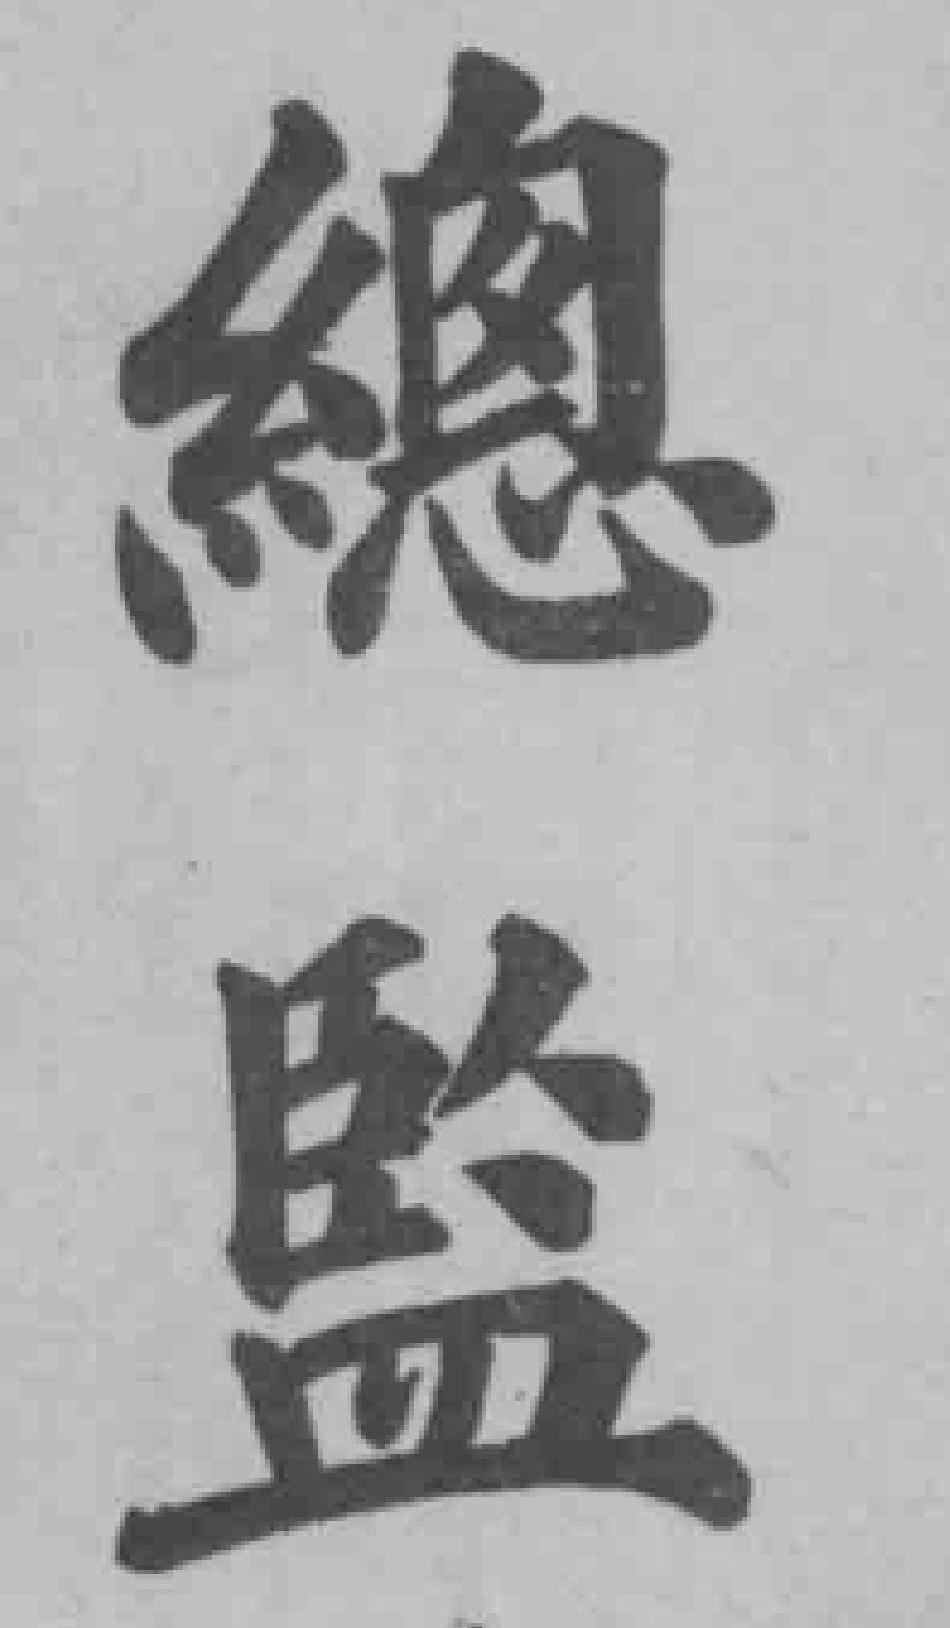
總監